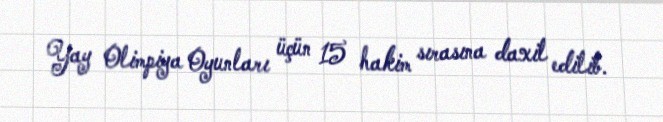
Yay Olimpiya Oyunları üçün 15 hakim sırasına daxil edilib.